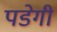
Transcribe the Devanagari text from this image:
पडेगी